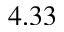
4 . 3 3